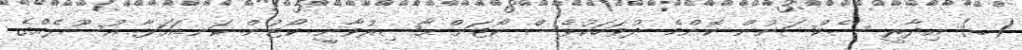
(ބ) އިދާރީ ސެކްޝަނުން ކޮންމެ ދުވަހަކުވެސް ކޯޓަށް ޙާޟިރުވާނީ ކޯޓުން ކަނޑައަޅާ އުސޫލެއްގެ